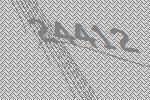
24412